Civil Veterinary Department. Central Provinces & Berar 1932-41 - 1932-1941
Year: 1932
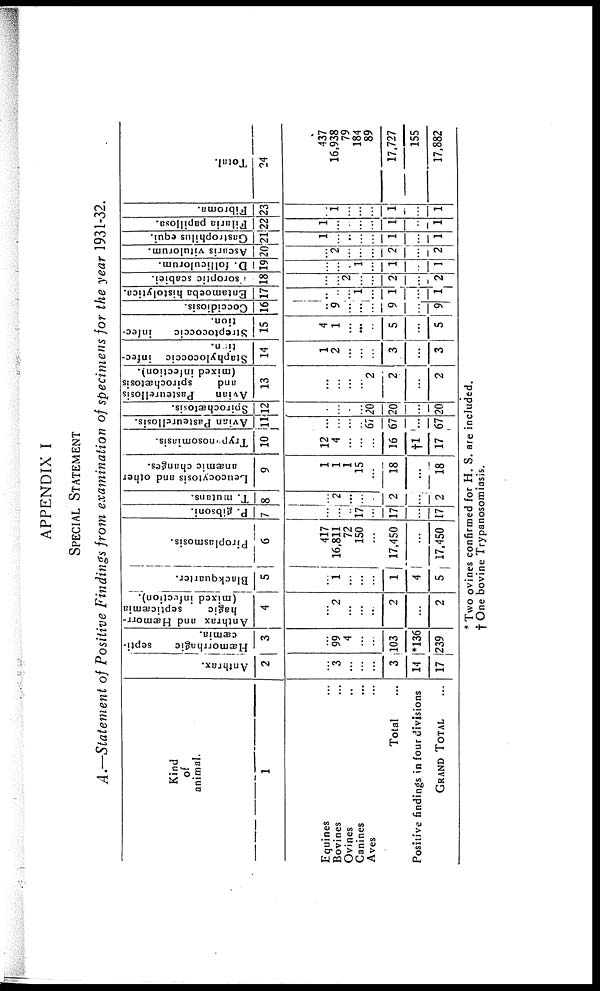
APPENDIX I
SPECIAL STATEMENT
A.—Statement of Positive Findings from examination of specimens for the year 1931-32.
Kind
of
animal.
1
Equines ...
Bovines ...
Ovines ...
Canines ...
A
v
e
s
.
.
.
Total ...
Positive findings in four divisions
GRAND TOTAL ...
Anthrax.
2
...
3
...
...
...
3
14
17
Hæmorrhagic
septi-
cæmia.
3
...
99
4
...
...
103
*136
239
Anthrax and Hæmorr-
hagic
septicæmia
(mixed infection).
4
...
2
...
...
...
2
...
2
Blackquarter.
5
...
1
...
...
...
1
4
5
Piroplasmosis.
6
417
16,811
72
150
...
17,450
...
17,450
P. gibsoni.
7
...
...
..
17
...
17
...
17
T. mutans.
8
...
2
...
...
...
2
...
2
Leucocytosis and other
anæmic changes.
9
1
1
1
15
...
18
...
18
Trypanosomiasis.
10
12
4
...
...
...
16
†1
17
Avian Pasteurellosis.
11
...
...
...
...
67
67
...
67
Spirochætosis.
12
...
...
...
...
20
20
...
20
Avian
Pasteurellosis
and
spirochætosis
(mixed infection).
13
...
...
...
...
2
2
...
2
Staphylococcic infec-
tion.
14
1
2
...
...
...
3
...
3
Streptococcic
infec-
tion.
15
4
1
...
...
...
5
...
5
Coccidiosis.
16
..
9
...
...
...
9
...
9
Entamoeba histolytica.
17
..
...
...
1
...
1
...
1
Tsoroptic
scabiei.
18
...
...
2
...
...
2
...
2
D. folliculorum.
19
...
...
...
1
...
1
...
1
Ascaris vitulorum.
20
...
2
...
...
...
2
...
2
Gastrophilus equi.
21
1
...
...
...
...
1
...
1
Filaria papillosa.
22
1
...
...
...
...
1
...
1
Fibroma.
23
..
1
...
...
...
1
...
1
Total.
24
437
16,938
79
184
89
17,727
155
17,882
* Two ovines confirmed for H. S. are included.
† One bovine Trypanosomiasis.